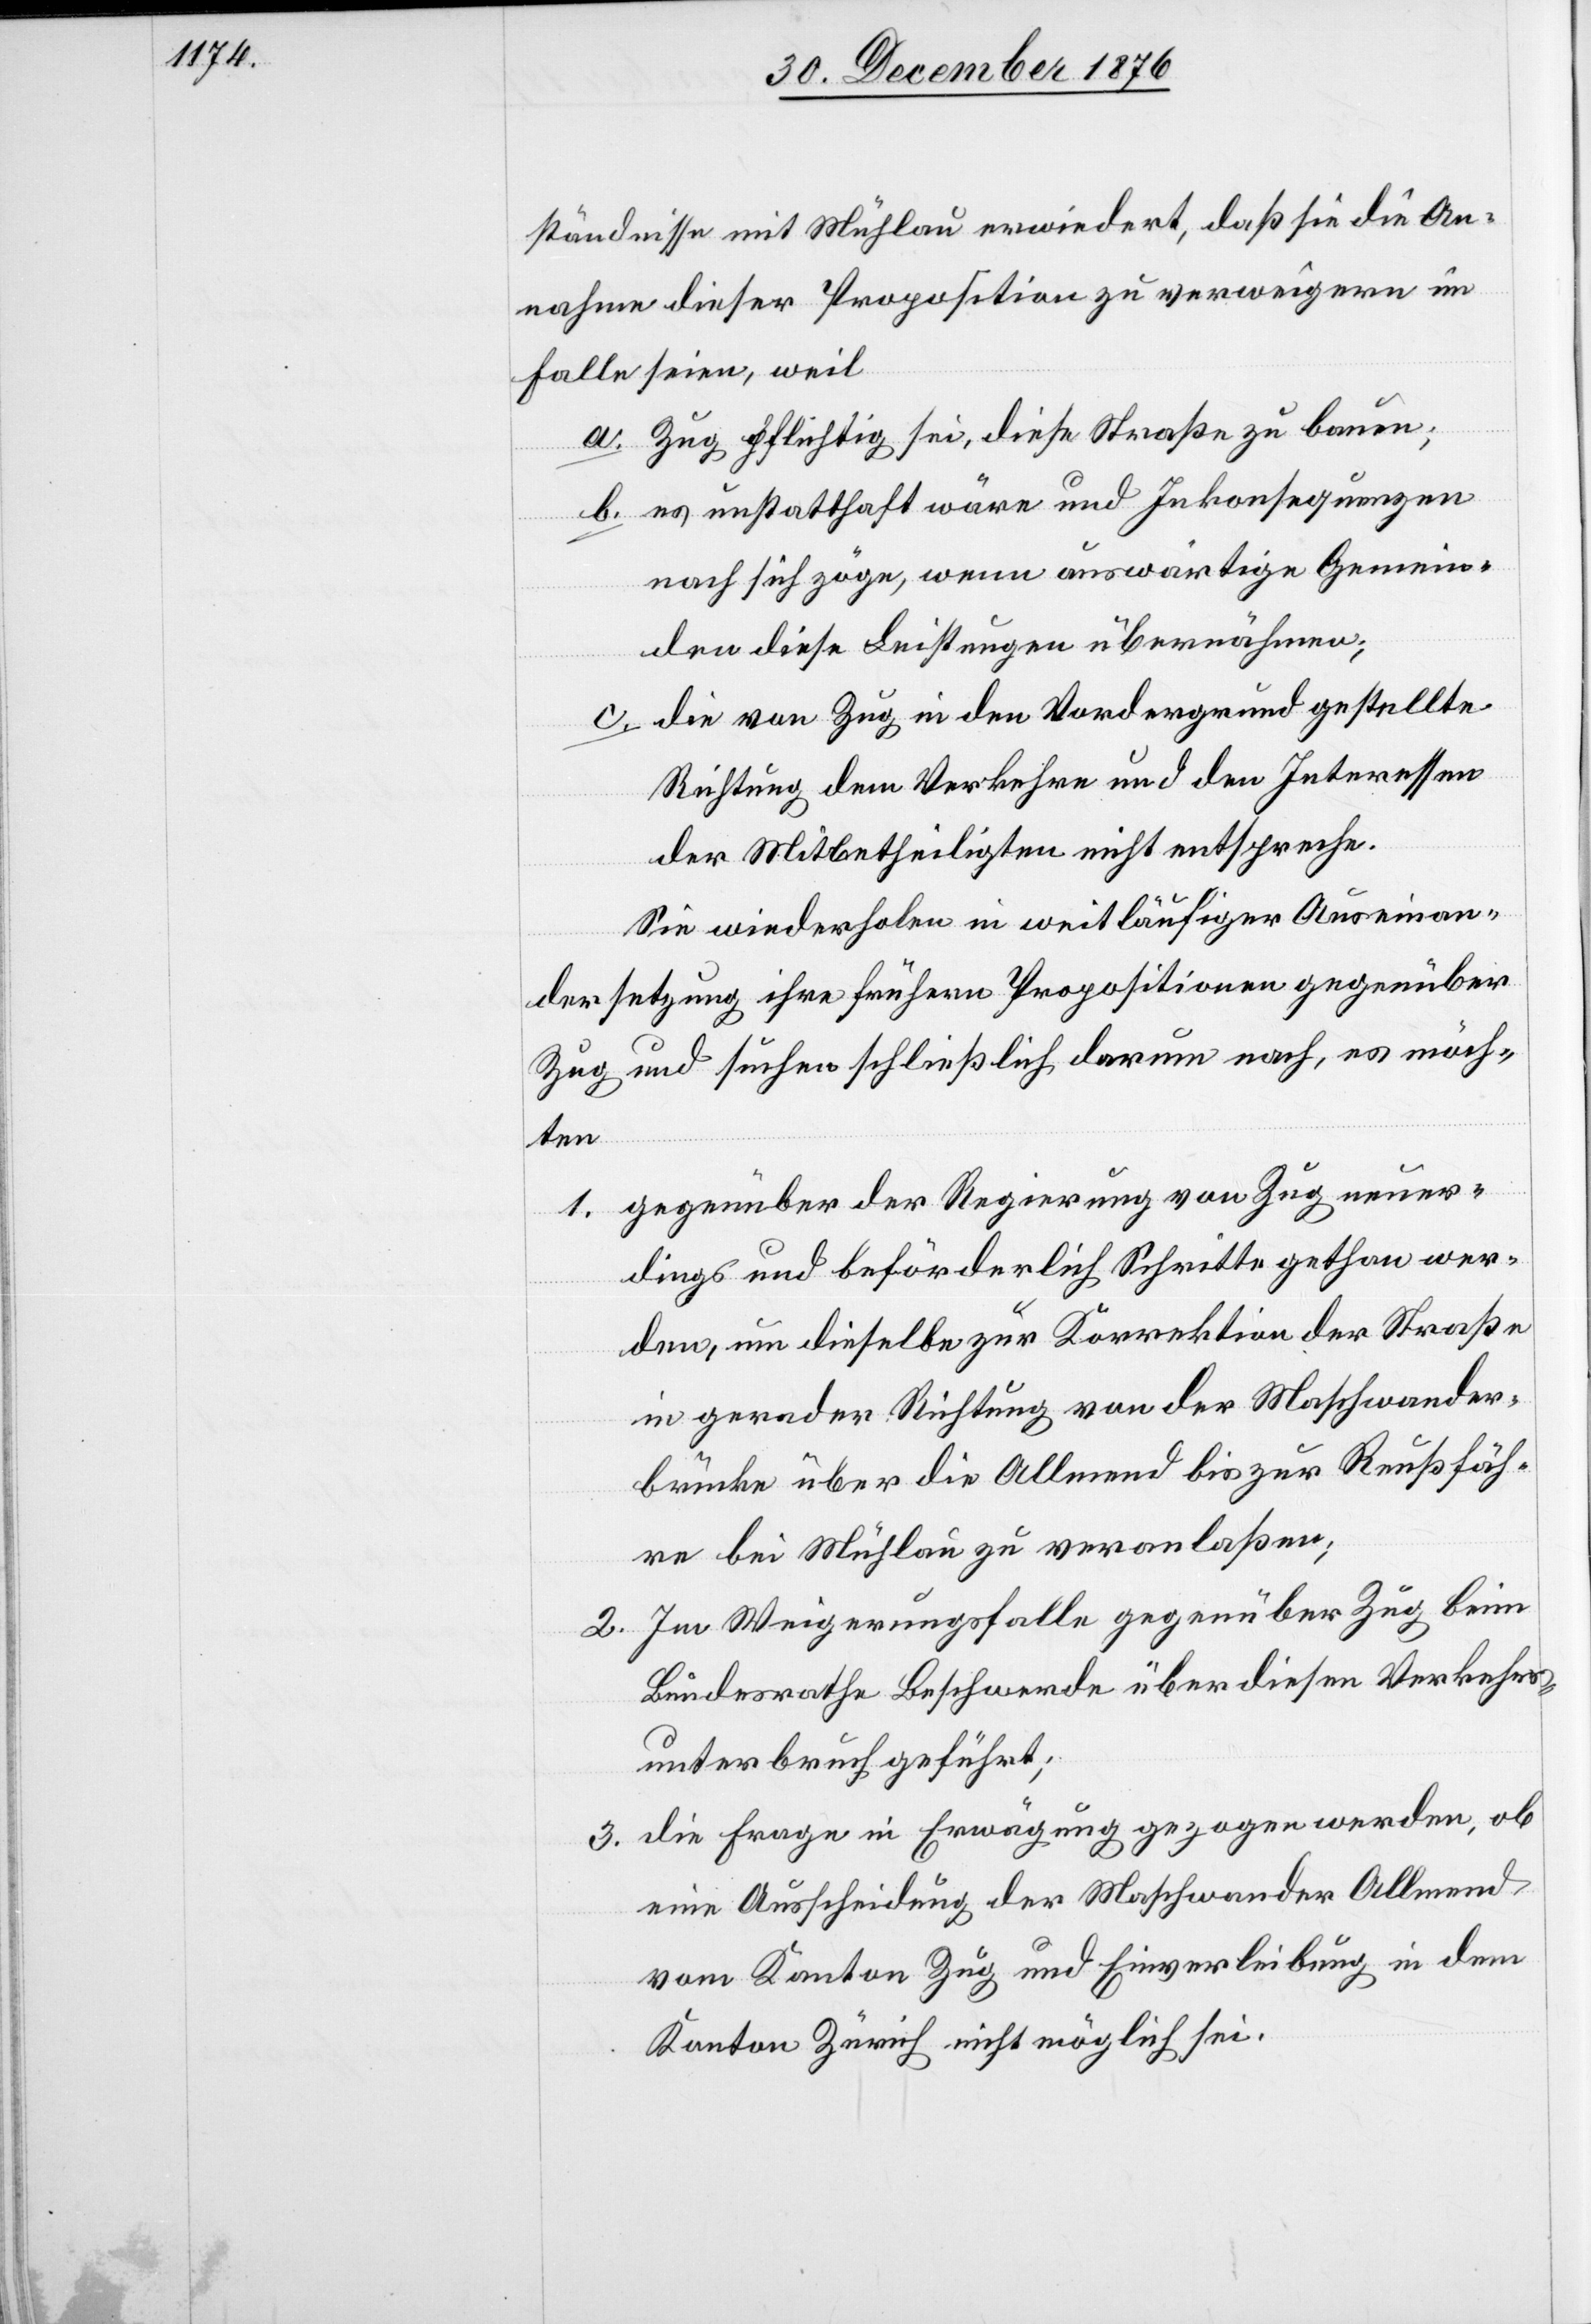
ständnisse mit Mühlau erwiedert, daß sie die An¬
nahme dieser Proposition zu verweigern im
Falle seien, weil
a. Zug pflichtig sei, diese Straße zu bauen;
b. es unstatthaft wäre und Inkonsequenzen
nach sich zöge, wenn auswärtige Gemein¬
den diese Leistungen übernähmen;
c. die von Zug in den Vordergrund gestellte
Richtung dem Verkehre und den Interessen
der Mitbetheiligten nicht entspreche.
Sie wiederholen in weitläufiger Auseinan¬
dersetzung ihre frühern Propositionen gegenüber
Zug und suchen schließlich darum nach, es möch¬
ten
gegenüber der Regierung von Zug neuer¬
1.
dings und beförderlich Schritte gethan wer¬
den, um dieselbe zur Korrektion der Straße
in gerader Richtung von der Maschwander¬
brücke über die Allmend bis zur Reußfäh¬
re bei Mühlau zu veranlaßen;
2. Im Weigerungsfalle gegenüber Zug beim
Bundesrathe Beschwerde über diesen Verkehrs¬
unterbruch geführt;
3. die Frage in Erwägung gezogen werden, ob
eine Ausscheidung der Maschwander Allmend
vom Kanton Zug und Einverleibung in den
Kanton Zürich nicht möglich sei.